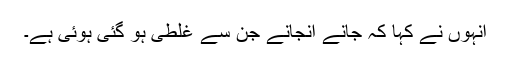
انہوں نے کہا کہ جانے انجانے جن سے غلطی ہو گئی ہوئی ہے۔